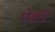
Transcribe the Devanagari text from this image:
ऐवरी